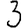
Digit: 3